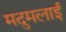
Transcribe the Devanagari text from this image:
मदुमलाई